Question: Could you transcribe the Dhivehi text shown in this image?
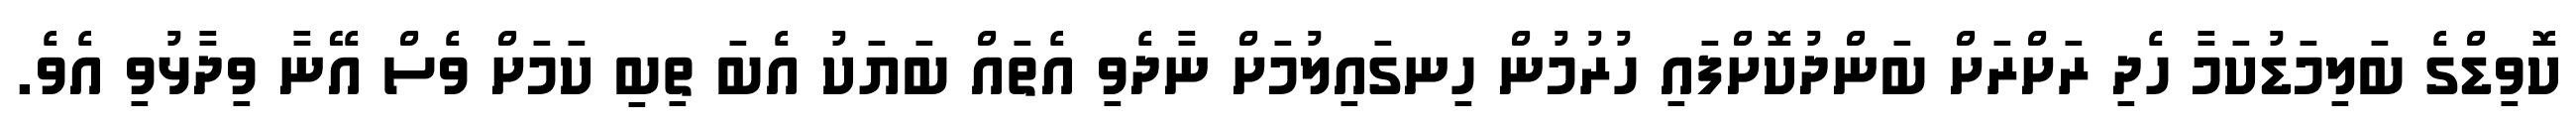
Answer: ކޮވިޑްގެ ބަލިމަޑުކަމާ ހެދި ރަށްރަށް ބަންދުކޮށްފައި ހުރުމުން ހިނގައިލުމަށް ނާދެވި އެތައް ބަޔަކު އެބަ ތިބި ކަމަށް ވެސް އޭނާ ވިދާޅުވި އެވެ.